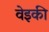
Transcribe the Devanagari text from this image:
वेइकी